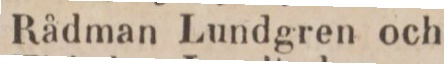
Den    6.    Rådman Lundgren och